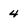
Character: 4